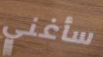
سأغني